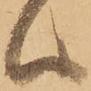
ハ